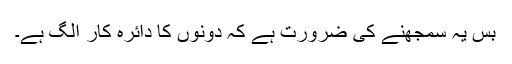
بس یہ سمجھنے کی ضرورت ہے کہ دونوں کا دائرہ کار الگ ہے۔